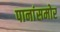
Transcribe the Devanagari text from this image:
पानांसमोर